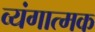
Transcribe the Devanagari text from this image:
व्‍यंगात्‍मक